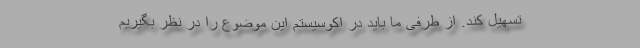
تسهیل کند. از طرفی ما باید در اکوسیستم این موضوع را در نظر بگیریم